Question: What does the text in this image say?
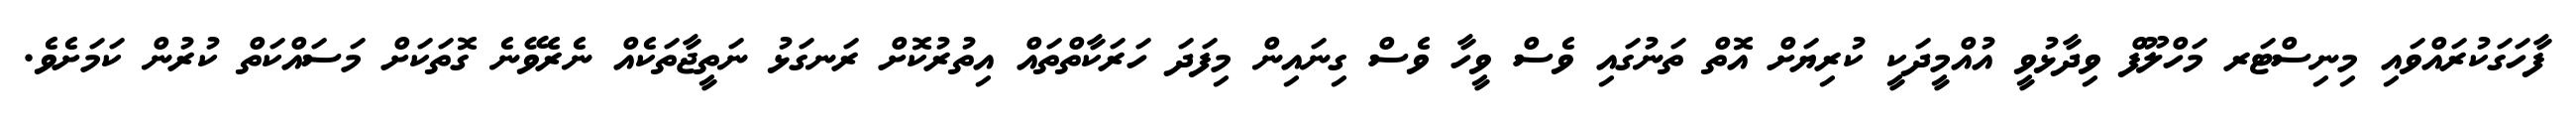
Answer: ފާހަގަކުރައްވައި މިނިސްޓަރ މަހްލޫފް ވިދާޅުވީ އުއްމީދަކީ ކުރިޔަށް އޮތް ތަނުގައި ވެސް ވީހާ ވެސް ގިނައިން މިފަދަ ހަރަކާތްތައް އިތުރުކޮށް ރަނގަޅު ނަތީޖާތަކެއް ނެރެވޭނެ ގޮތަކަށް މަސައްކަތް ކުރުން ކަމަށެވެ.